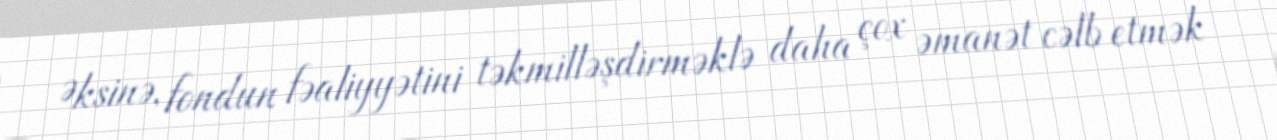
Əksinə, fondun fəaliyyətini təkmilləşdirməklə daha çox əmanət cəlb etmək